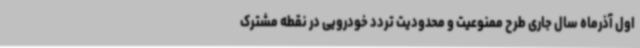
اول آذرماه سال جاری طرح ممنوعیت و محدودیت تردد خودرویی در نقطه مشترک